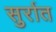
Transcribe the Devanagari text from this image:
सुर्रात